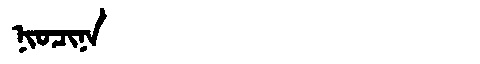
Manchu: ᠨᡳᠣᠴᡳᠨᠠ
Romanization: NIOCINA